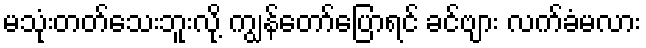
မသုံးတတ်သေးဘူးလို့ ကျွန်တော်ပြောရင် ခင်ဗျား လက်ခံမလား